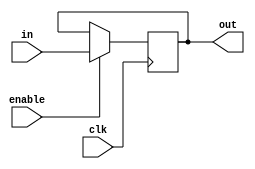
`timescale 1ns / 1ps

module fareggo(
input in,
input enable,
input clk,
output reg out
    );
always@(posedge clk)
begin
if(enable)
    begin
    out=in;
    end
else
    begin
    out=out;
    end
end
endmodule